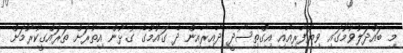
މި ބައްދަލުވުމުގައި ވިޔަފާރިއާއި އިގްތިސޯދީ ދާއިރާއިން ދެ ގައުމުގެ ގުޅުން އިތުރަށް ތަރައްގީކުރުމަށް